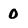
Character: 0